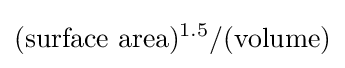
({\text{surface area}})^{1.5}/({\text{volume}})